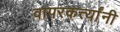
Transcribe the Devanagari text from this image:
वापरकर्त्यांनी